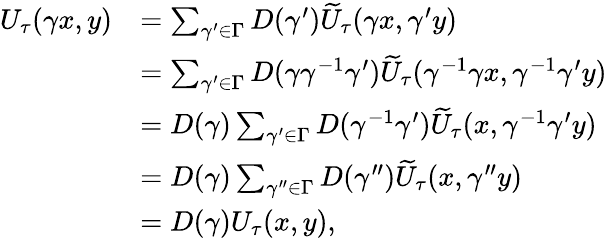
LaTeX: \begin{array}{rl}{U_{\tau}(\gamma x,y)}&{=\sum_{\gamma^{\prime}\in\Gamma}D(\gamma^{\prime})\widetilde{U}_{\tau}(\gamma x,\gamma^{\prime}y)}\\ &{=\sum_{\gamma^{\prime}\in\Gamma}D(\gamma\gamma^{-1}\gamma^{\prime})\widetilde{U}_{\tau}(\gamma^{-1}\gamma x,\gamma^{-1}\gamma^{\prime}y)}\\ &{=D(\gamma)\sum_{\gamma^{\prime}\in\Gamma}D(\gamma^{-1}\gamma^{\prime})\widetilde{U}_{\tau}(x,\gamma^{-1}\gamma^{\prime}y)}\\ &{=D(\gamma)\sum_{\gamma^{\prime\prime}\in\Gamma}D(\gamma^{\prime\prime})\widetilde{U}_{\tau}(x,\gamma^{\prime\prime}y)}\\ &{=D(\gamma)U_{\tau}(x,y),}\end{array}